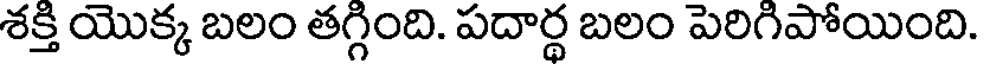
శక్తి యొక్క బలం తగ్గింది. పదార్థ బలం పెరిగిపోయింది.